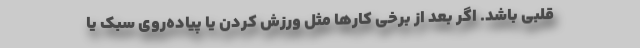
قلبی باشد. اگر بعد از برخی کار‌ها مثل ورزش کردن یا پیاده‌روی سبک یا